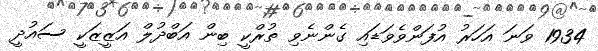
1934 ވަނަ އަހަރު އުފަންވެވަޑައި ގެންނެވި ތުރްކީ ބިން އަބްދުލް އަޒީޒަކީ ސައުދީ